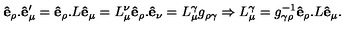
{ \bf \hat { e } _ { \rho } . \hat { e } _ { \mu } ^ { \prime } } = { \bf \hat { e } _ { \rho } . } L { \bf \hat { e } _ { \mu } } = L _ { \mu } ^ { \nu } { \bf \hat { e } _ { \rho } . \hat { e } _ { \nu } } = L _ { \mu } ^ { \gamma } g _ { \rho \gamma } \Rightarrow { L } _ { \mu } ^ { \gamma } = g _ { \gamma \rho } ^ { - 1 } { \bf \hat { e } _ { \rho } . } L { \bf \hat { e } _ { \mu } } .